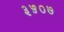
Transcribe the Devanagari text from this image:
३५०७